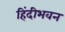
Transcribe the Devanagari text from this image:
हिंदीभवन